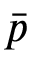
\bar { p }